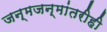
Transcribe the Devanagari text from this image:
जन्मजन्मांतरीही